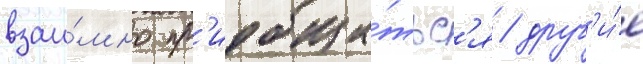
взаи́мно пр'иобща́тьс'я / друг'и́е